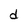
Character: d